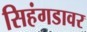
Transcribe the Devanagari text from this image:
सिहंगडावर